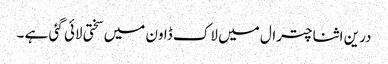
درین اثنا چترال میں لاک ڈاون میں سختی لائی گئی ہے ۔